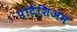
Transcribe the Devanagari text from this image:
पोटैशिअम